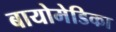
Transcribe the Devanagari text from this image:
बायोमेडिका